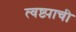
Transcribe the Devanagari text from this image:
त्वष्ट्याची